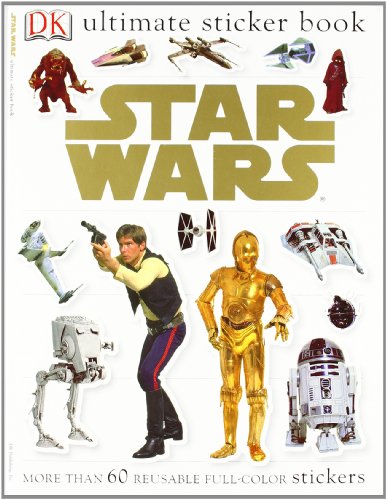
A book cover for Star Wars, Classic (Ultimate Sticker Books); DK Publishing; Children's Books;